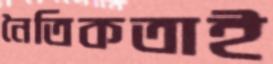
নৈতিকতাই